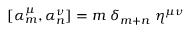
[ \alpha _ { m } ^ { \mu } , \alpha _ { n } ^ { \nu } ] = m \; \delta _ { m + n } \; \eta ^ { \mu \nu }